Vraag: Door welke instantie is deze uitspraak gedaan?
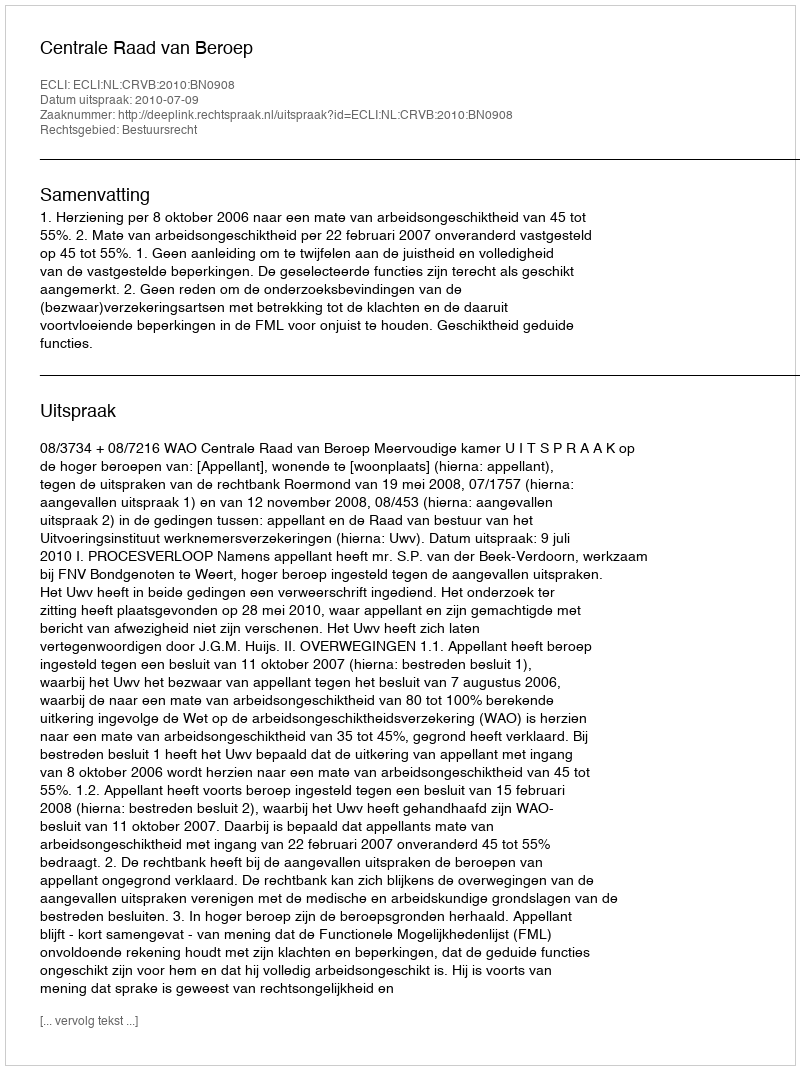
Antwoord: Centrale Raad van Beroep